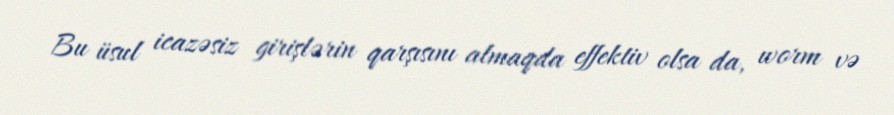
Bu üsul icazəsiz girişlərin qarşısını almaqda effektiv olsa da, worm və